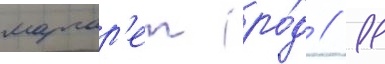
маргар'ет (ро́д // 11